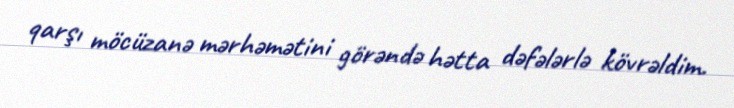
qarşı möcüzanə mərhəmətini görəndə hətta dəfələrlə kövrəldim.